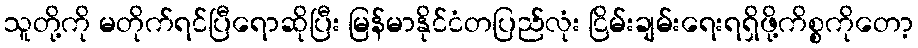
သူတို့ကို မတိုက်ရင်ပြီရောဆိုပြီး မြန်မာနိုင်ငံတပြည်လုံး ငြိမ်းချမ်းရေးရရှိဖို့ကိစ္စကိုတော့